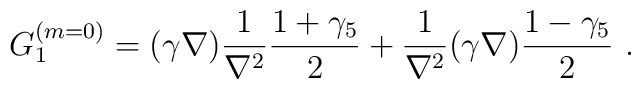
G_1^{(m=0)}=(\gamma \nabla)\frac{1}{\nabla^2}\frac{1+\gamma_5}{2}+\frac{1}{\nabla^2}(\gamma \nabla)\frac{1-\gamma_5}{2}~.